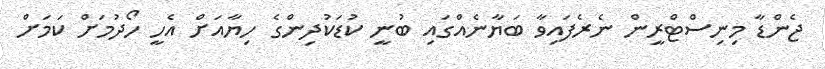
ޖެންޑާ މިނިސްޓްރީން ނެރެފައިވާ ބަޔާނެއްގައި ބުނީ ކުޑަކުދިންގެ ހިޔާއަށް އެހީ ހޯދުމަށް ކަމަށް